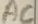
Text: AC